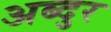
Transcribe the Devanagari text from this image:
अब्‍दुर